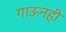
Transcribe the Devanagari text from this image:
गाऊनही